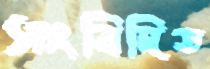
সংবিদিত